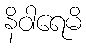
နိဝါရေမိ